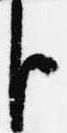
臣